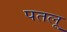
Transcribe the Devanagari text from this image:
पतलू